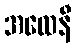
အထေနီ